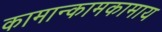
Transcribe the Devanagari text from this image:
कामान्कामकामाय